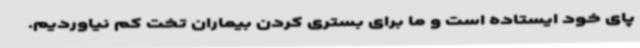
پای خود ایستاده است و ما برای بستری کردن بیماران تخت کم نیاوردیم.